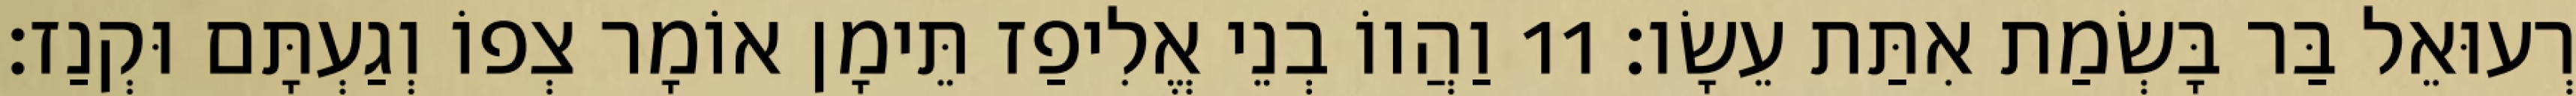
רְעוּאֵל בַּר בָּשְׂמַת אִתַּת עֵשָׂו׃ 11 וַהֲווֹ בְנֵי אֱלִיפַז תֵּימָן אוֹמָר צְפוֹ וְגַעְתָּם וּקְנַז׃